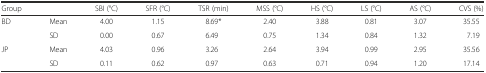
<table><thead><tr><td><b>Group</b></td><td></td><td><b>SBI (°C)</b></td><td><b>SFR (°C)</b></td><td><b>TSR (min)</b></td><td><b>MSS (°C)</b></td><td><b>HS (°C)</b></td><td><b>LS (°C)</b></td><td><b>AS (°C)</b></td><td><b>CVS (%)</b></td></tr></thead><tbody><tr><td>BD</td><td>Mean</td><td>4.00</td><td>1.15</td><td>8.69*</td><td>2.40</td><td>3.88</td><td>0.81</td><td>3.07</td><td>35.55</td></tr><tr><td></td><td>SD</td><td>0.00</td><td>0.67</td><td>6.49</td><td>0.75</td><td>1.34</td><td>0.84</td><td>1.32</td><td>7.19</td></tr><tr><td>JP</td><td>Mean</td><td>4.03</td><td>0.96</td><td>3.26</td><td>2.64</td><td>3.94</td><td>0.99</td><td>2.95</td><td>35.56</td></tr><tr><td></td><td>SD</td><td>0.11</td><td>0.62</td><td>0.97</td><td>0.63</td><td>0.71</td><td>0.94</td><td>1.20</td><td>17.14</td></tr></tbody></table>